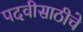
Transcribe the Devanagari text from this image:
पदवीसाठीचे